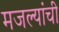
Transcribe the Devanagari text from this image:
मजल्यांची